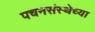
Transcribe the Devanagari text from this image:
पचनसंस्थेच्या